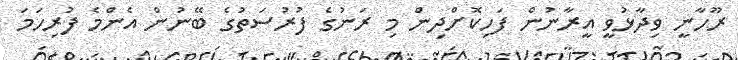
ރޫހާނީ ވިދާޅުވީ އީރާނުން ފަހިކޮށްދިން މި ރަނުގެ ފުރުސަތުގެ ބޭނުން އެންމެ ފުރިހަމަ